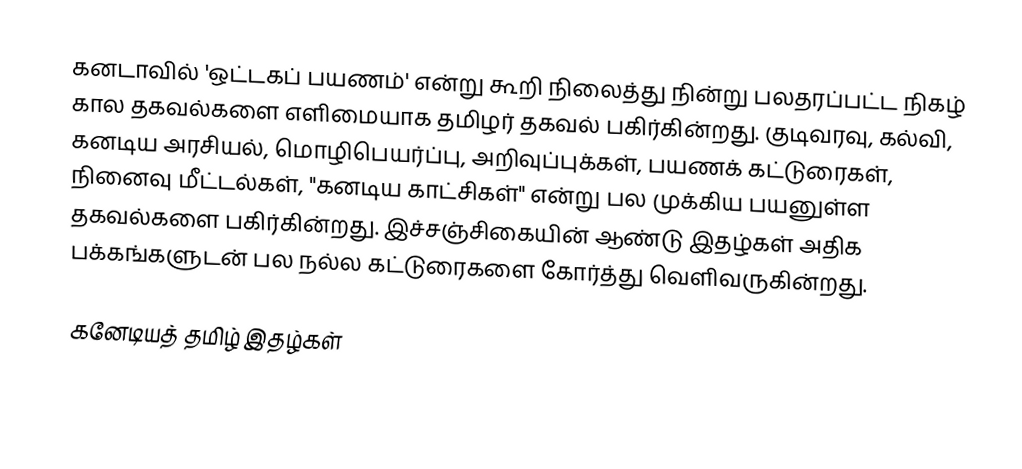
கனடாவில் 'ஒட்டகப் பயணம்' என்று கூறி நிலைத்து நின்று பலதரப்பட்ட நிகழ் கால தகவல்களை எளிமையாக தமிழர் தகவல் பகிர்கின்றது.  குடிவரவு, கல்வி, கனடிய அரசியல், மொழிபெயர்ப்பு, அறிவுப்புக்கள், பயணக் கட்டுரைகள், நினைவு மீட்டல்கள், "கனடிய காட்சிகள்" என்று பல முக்கிய பயனுள்ள தகவல்களை பகிர்கின்றது.  இச்சஞ்சிகையின் ஆண்டு இதழ்கள் அதிக பக்கங்களுடன் பல நல்ல கட்டுரைகளை கோர்த்து வெளிவருகின்றது.

கனேடியத் தமிழ் இதழ்கள்